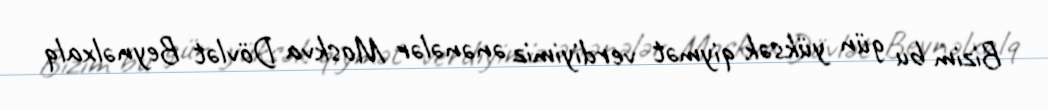
Bizim bu gün yüksək qiymət verdiyimiz ənənələr Moskva Dövlət Beynəlxalq